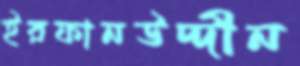
ইরফানউদ্দীন